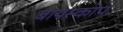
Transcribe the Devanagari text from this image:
बायस्कोप